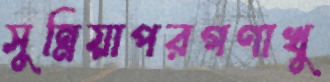
সুন্নিয়াপরগণাখু